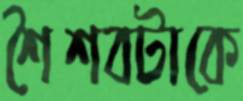
শৈশবটাকে